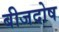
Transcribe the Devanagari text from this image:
बीजदोष